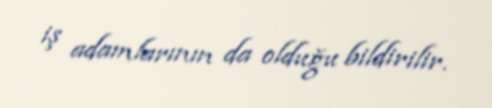
iş adamlarının da olduğu bildirilir.